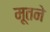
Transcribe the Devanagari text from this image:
मूतने